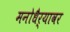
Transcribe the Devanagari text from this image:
मनोधैर्यावर